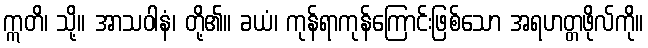
ဣတိ၊ သို့။ အာသဝါနံ၊ တို့၏။ ခယံ၊ ကုန်ရာကုန်ကြောင်းဖြစ်သော အရဟတ္တဖိုလ်ကို။